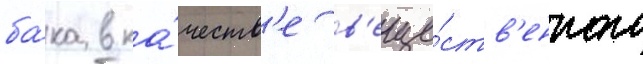
ба́ка в ка́честв'е в'еще́ств'енного